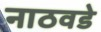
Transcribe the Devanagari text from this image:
नाठवडे